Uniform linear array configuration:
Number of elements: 16
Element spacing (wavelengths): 1
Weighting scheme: kaiser
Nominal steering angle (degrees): -45
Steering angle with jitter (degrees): -45.742
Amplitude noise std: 0.05
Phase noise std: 0.05

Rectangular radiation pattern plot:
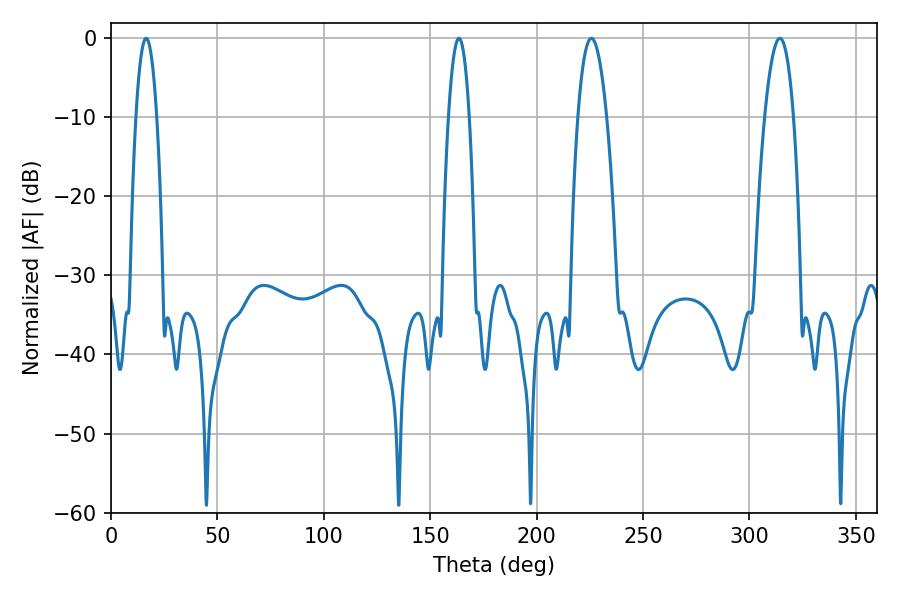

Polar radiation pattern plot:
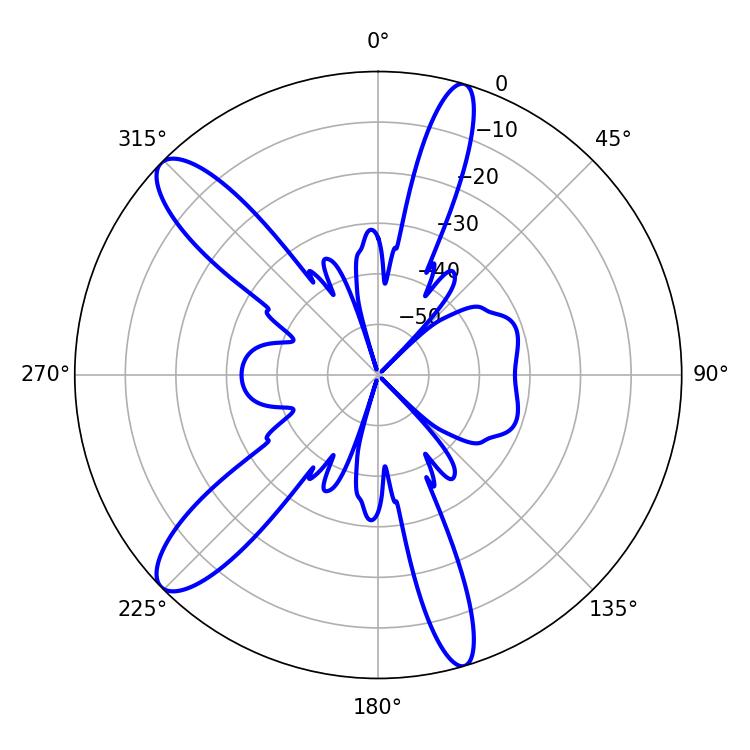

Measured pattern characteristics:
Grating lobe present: TRUE
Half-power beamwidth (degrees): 7.38
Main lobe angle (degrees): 225.72